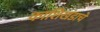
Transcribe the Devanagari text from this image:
काशिखंडाचे